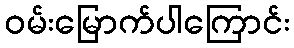
ဝမ်းမြောက်ပါကြောင်း